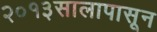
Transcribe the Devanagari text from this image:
२०१३सालापासून